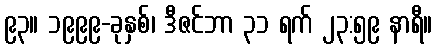
၉၃။ ၁၉၉၉-ခုနှစ်၊ ဒီဇင်ဘာ ၃၁ ရက် ၂၃:၅၉ နာရီ။